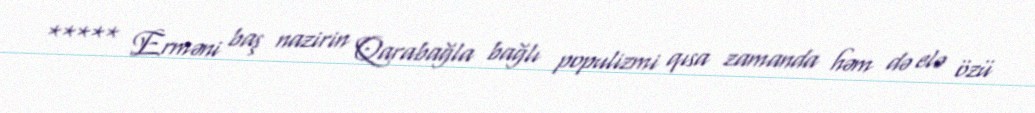
***** Erməni baş nazirin Qarabağla bağlı populizmi qısa zamanda həm də elə özü